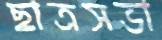
ছাত্রসভা